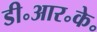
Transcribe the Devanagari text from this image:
डी॰आर॰के॰